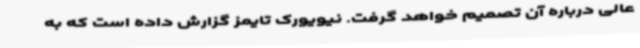
عالی درباره آن تصمیم خواهد گرفت. نیویورک تایمز گزارش داده است که به